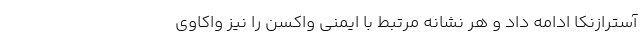
آسترازنکا ادامه داد و هر نشانه مرتبط با ایمنی واکسن را نیز واکاوی